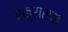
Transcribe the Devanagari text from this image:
एक्रासक